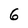
Character: 6